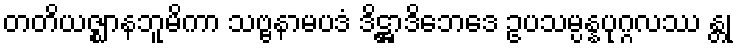
တတိယဇ္ဈာနဘူမိကာ သဗ္ဗနာမပဒံ ဒိဋ္ဌာဒိဘေဒေ ဥပသမ္ပန္နပုဂ္ဂလဿ န္တု